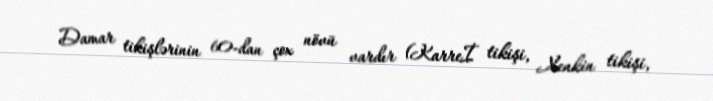
Damar tikişlərinin 60-dan çox növü vardır (Karreİ tikişi, Xenkin tikişi,